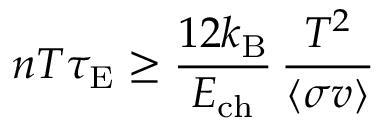
n T \tau _ { \mathrm { { E } } } \geq { \frac { 1 2 k _ { \mathrm { { B } } } } { E _ { \mathrm { { c h } } } } } \, { \frac { T ^ { 2 } } { \langle \sigma v \rangle } }